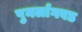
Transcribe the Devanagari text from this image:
पुनर्लागवड